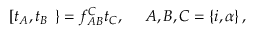
\left[ t _ { A } , t _ { B } \right. \left. \right\} = f _ { A B } ^ { C } t _ { C } , \ \ \ \ A , B , C = \left\{ i , \alpha \right\} ,